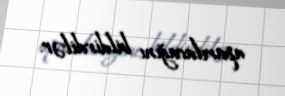
aparılacağını bildirdilər.